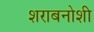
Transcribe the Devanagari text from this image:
शराबनोशी